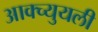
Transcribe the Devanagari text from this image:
आक्च्युयली